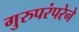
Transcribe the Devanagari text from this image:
गुरुपरंपरेने